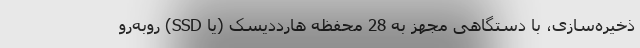
ذخیره‌سازی، با دستگاهی مجهز به 28 محفظه هارددیسک (یا SSD) رو‌به‌رو